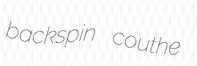
backspin couthe